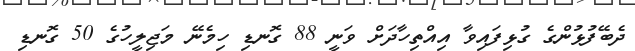
ދެބޭފުޅުންގެ ގުޅިފައިވާ އިއްތިހާދަށް ވަނީ 88 ގޮނޑި ހިމެނޭ މަޖިލީހުގެ 50 ގޮނޑި